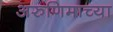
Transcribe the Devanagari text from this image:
अरुणिमाच्या